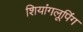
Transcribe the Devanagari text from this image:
शियांगलूपिंग